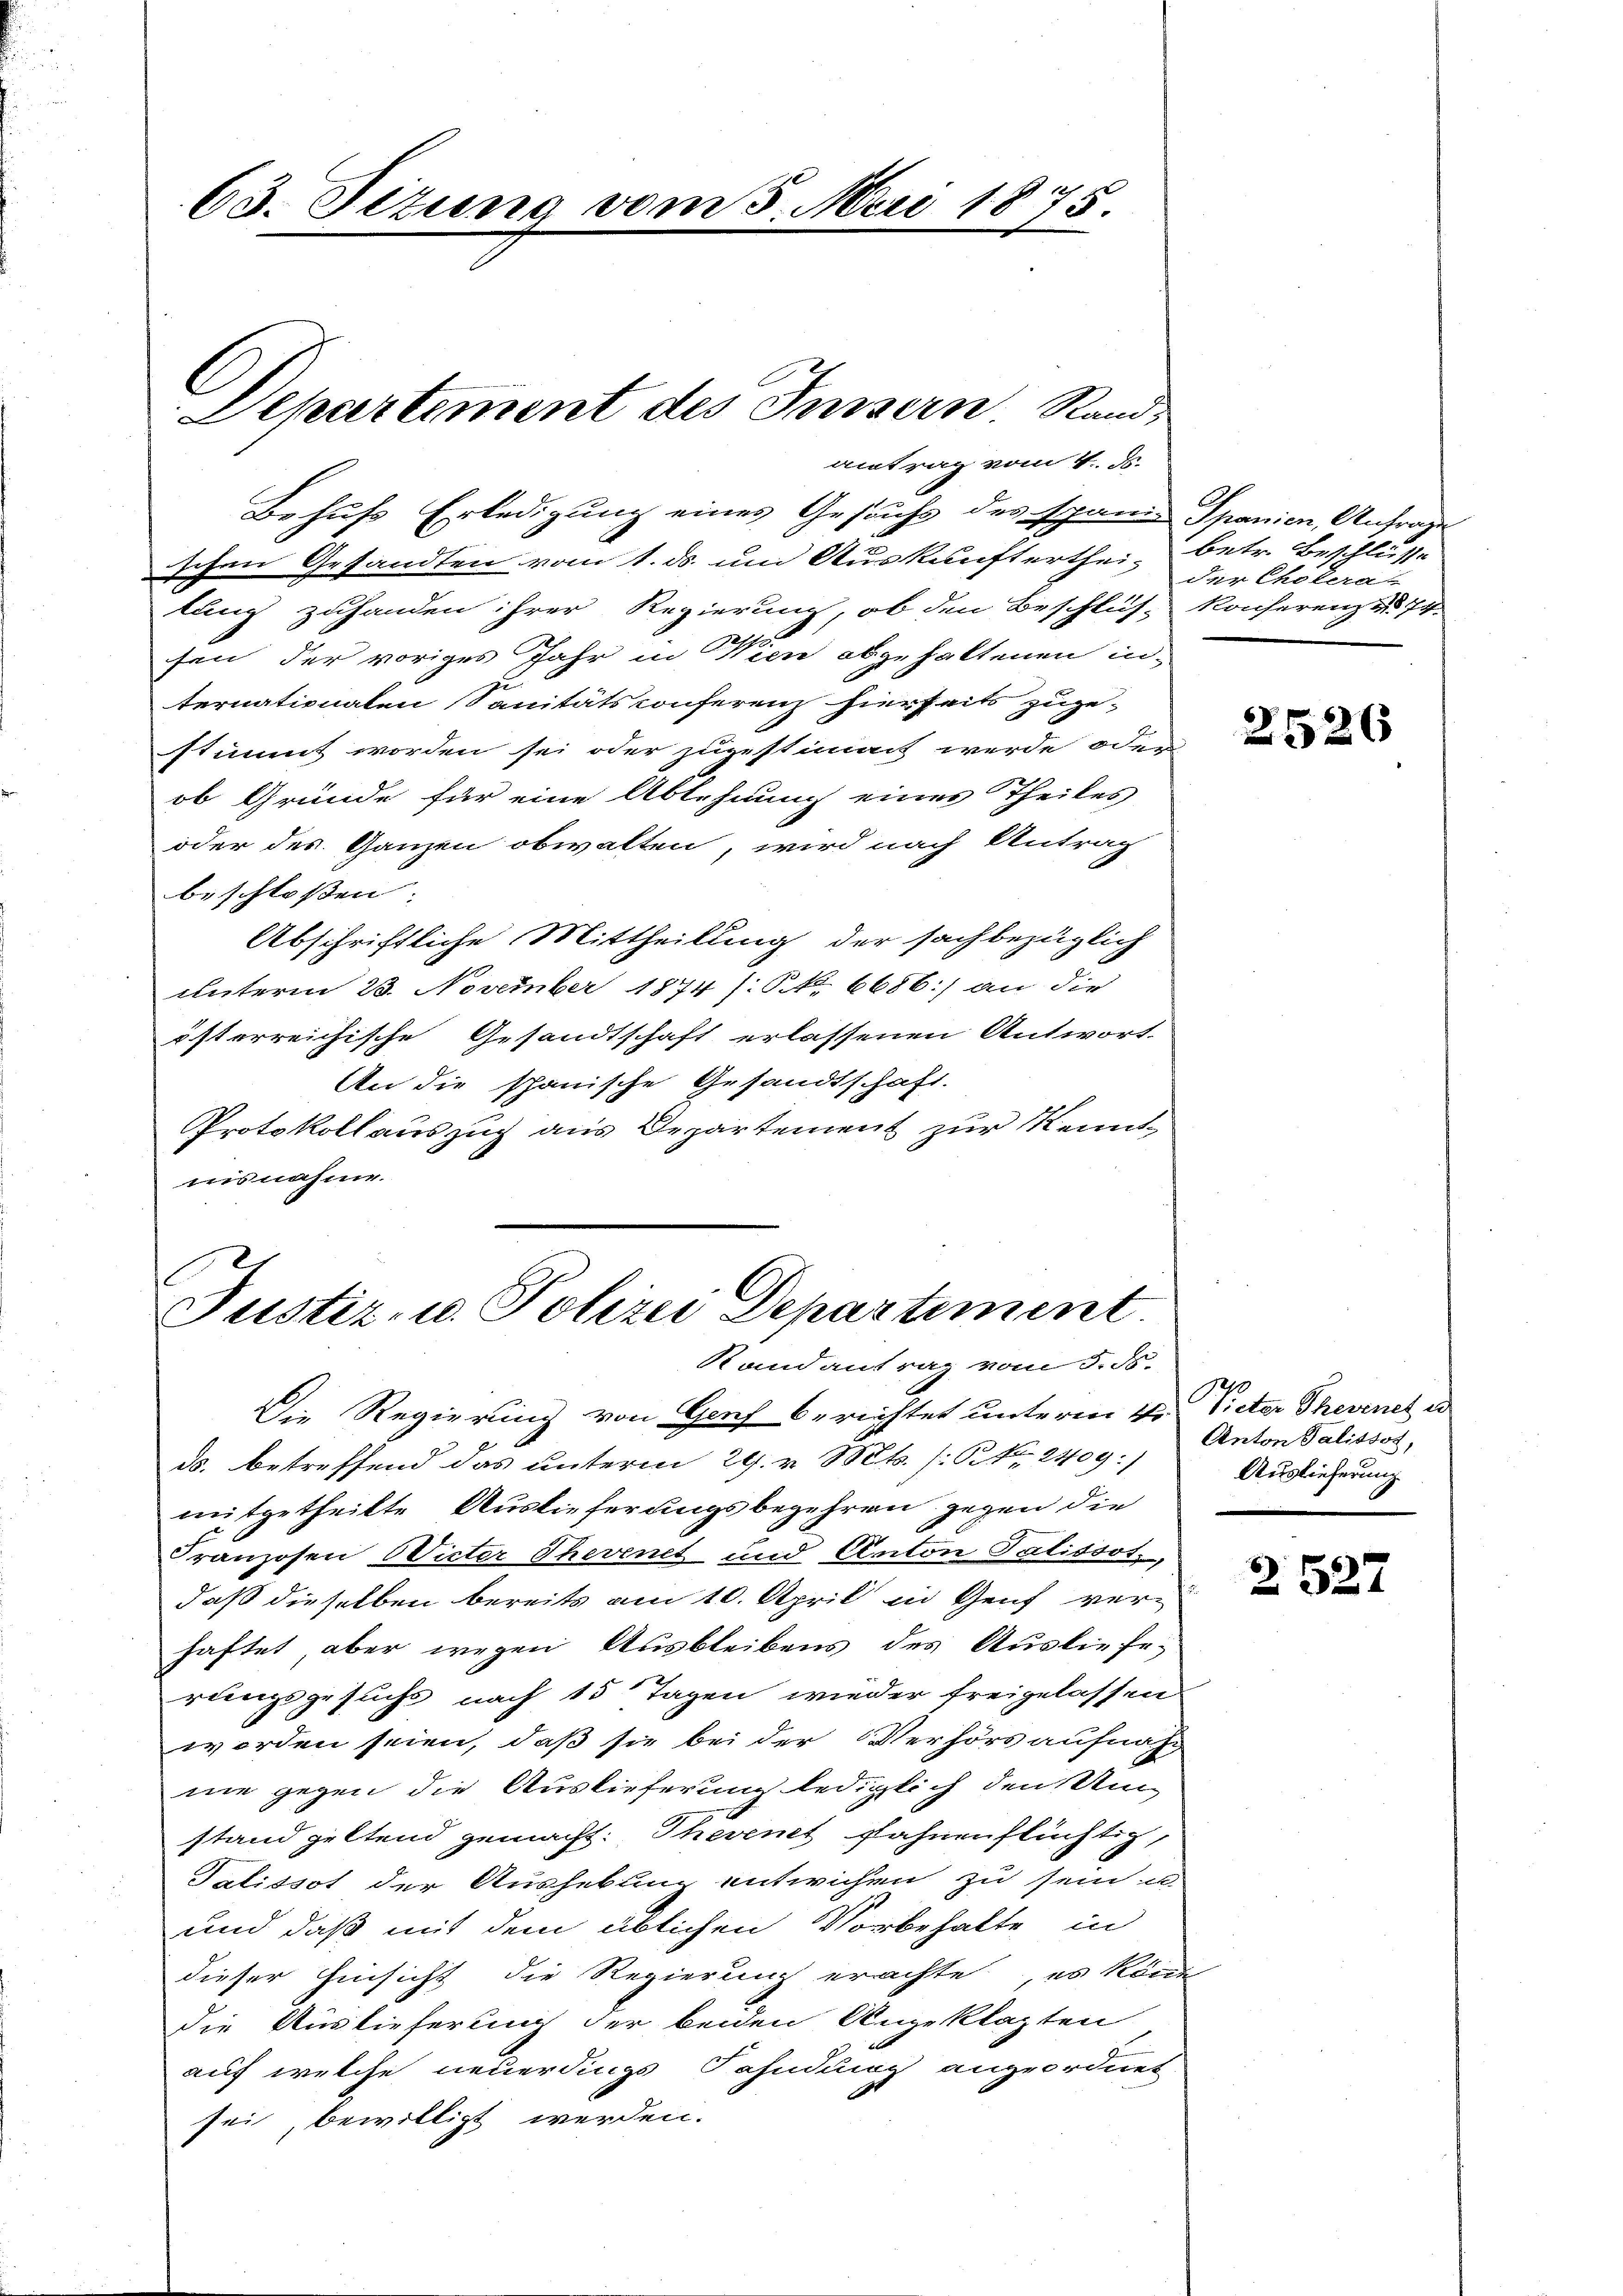
63. Titung vom 5. Mai 1875.
2

Departement des Insern Rand¬

Behufs Erledigung eines Gesuchs des spanis Spanien, Anfrages
ischen Gesandten vom 1. ds. um Auskunfterthei- betr. Beschlüsse
lung zuhanden ihrer Regierung, ob den Beschluss konserenz u. 74.
fen der voriges Jahr in Wien abgehaltenen in-
ternationalen Sanitätsconferenz hierseits zuge-
stimmt worden sei oder zugestimmt werde oder
ob Gründe für eine Ablehnung eines Theiles
oder des Ganzen obwalten, wird nach Antrag
beschloßen:
Abschriftliche Mittheilung der sachbezüglich
unterm 23. November 1874 s. S. 6686:] an die
österreichische Gesandtschaft erlassenen Antwort.
An die schanische Gesandtschaft.
Protokoll auszug aus Departement zur Kenntinsnahme.

antrag vom 4. ds.

Justiz- u. Polizei Departiment.
Randantrag vom 5. ds.

Die Regierung von Genf berichtet unterm 4ten Victor Thesenes e
ds. betreffend das unterm 29. v. Mts. (§ 2409)
mitgetheilte Auslieferungsbegehren gegen die
Franzosen Wieter Thevenet und Anton Talissot,
daß dieselben bereits am 10. April in Genf verhaftet, aber wegen Ausbleibens des Ausliefe;
rungsgesuchs nach 15 Tagen wieder freigelassen
worden seien, daß sie bei der Verhörs aufnahnie gegen die Auslieferung lediglich den Umstand geltend gemacht: Thevenet glahnenflüchtig,
Talissot der Aushebung entwichen zu sein u.
und daß mit dem üblichen Vorbehalte in
dieser Hinsicht die Regierung erachte, es könnt
die Auslieferung der beiden Angeklagten
auf welche neuerdings Fahndung angeordnet
sei, bewilligt werden.

der Cholera-

2526

Anton Salissot,
Auslieferung

2527